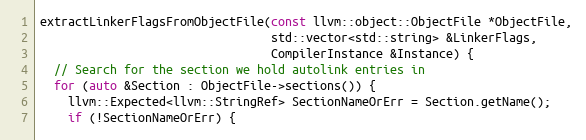
Language: C++
extractLinkerFlagsFromObjectFile(const llvm::object::ObjectFile *ObjectFile,
                                 std::vector<std::string> &LinkerFlags,
                                 CompilerInstance &Instance) {
  // Search for the section we hold autolink entries in
  for (auto &Section : ObjectFile->sections()) {
    llvm::Expected<llvm::StringRef> SectionNameOrErr = Section.getName();
    if (!SectionNameOrErr) {